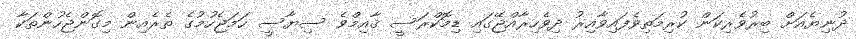
ދުނިޔެއަށް ބިރުވެރިކަން ކުރިމަތިވެފައިވާއިރު ދިވެހިރާއްޖޭގައި ޑިމޮކްރަސީ ޤާއިމްވެ ސިޔާސީ ހަމަޖެހުމުގެ ތެރެއިން މިގޮންޖެހުންތަކާ